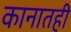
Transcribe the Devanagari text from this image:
कानातही